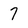
Character: 7